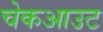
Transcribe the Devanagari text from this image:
चेकआउट